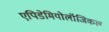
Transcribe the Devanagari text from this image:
एपिडेमियोलॉजिकल